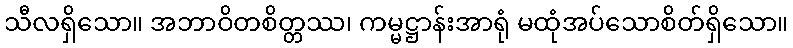
သီလရှိသော။ အဘာဝိတစိတ္တဿ၊ ကမ္မဋ္ဌာန်းအာရုံ မထုံအပ်သောစိတ်ရှိသော။